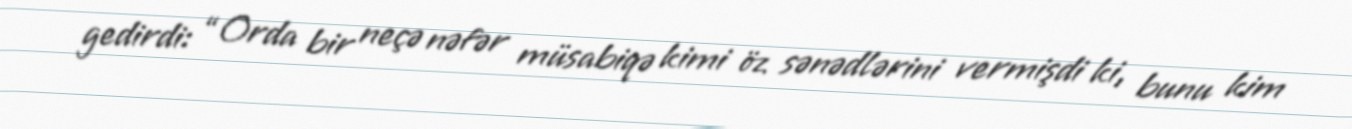
gedirdi: “Orda bir neçə nəfər müsabiqə kimi öz sənədlərini vermişdi ki, bunu kim